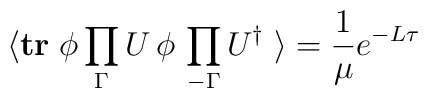
\langle {\rm \bf tr} \; \phi\prod_{\Gamma} U \,\phi \, \prod_{-\Gamma}U^\dagger \; \rangle = {1\over \mu}e^{-L\tau}